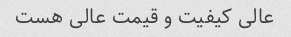
عالی کیفیت و قیمت عالی هست